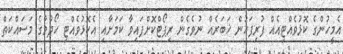
އެމީހުންގެ ކޮޅުވެއްޓިއެއް ފުރިފަހުން ޚަބަރެއް ނުވެގެން ރިޕޯޓްކޮށްފައިވާ ކަމަށާއި އެކޮޅުވެއްޓި ހޯދުމުގެ މަސައްކަތް